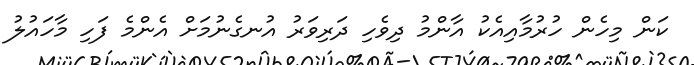
ކަން މިހެން ހުރުމާއިއެކު އާންމު ދިވެހި ދަރިވަރު އުނގެނުމަށް އެންމެ ފަހި މާހައުލު